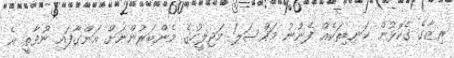
ރިޒާގެ ގެކޮޅުން ކަނޑިތަކެއް ފެނުނު މައްސަލަ މަޖިލީހުގެ މެންބަރުންނަށް އަންގާފައި ނުވާތީ އެ